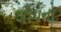
ગોપના